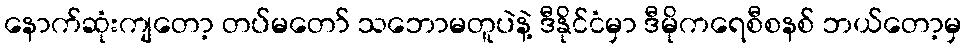
နောက်ဆုံးကျတော့ တပ်မတော် သဘောမတူပဲနဲ့ ဒီနိုင်ငံမှာ ဒီမိုကရေစီစနစ် ဘယ်တော့မှ